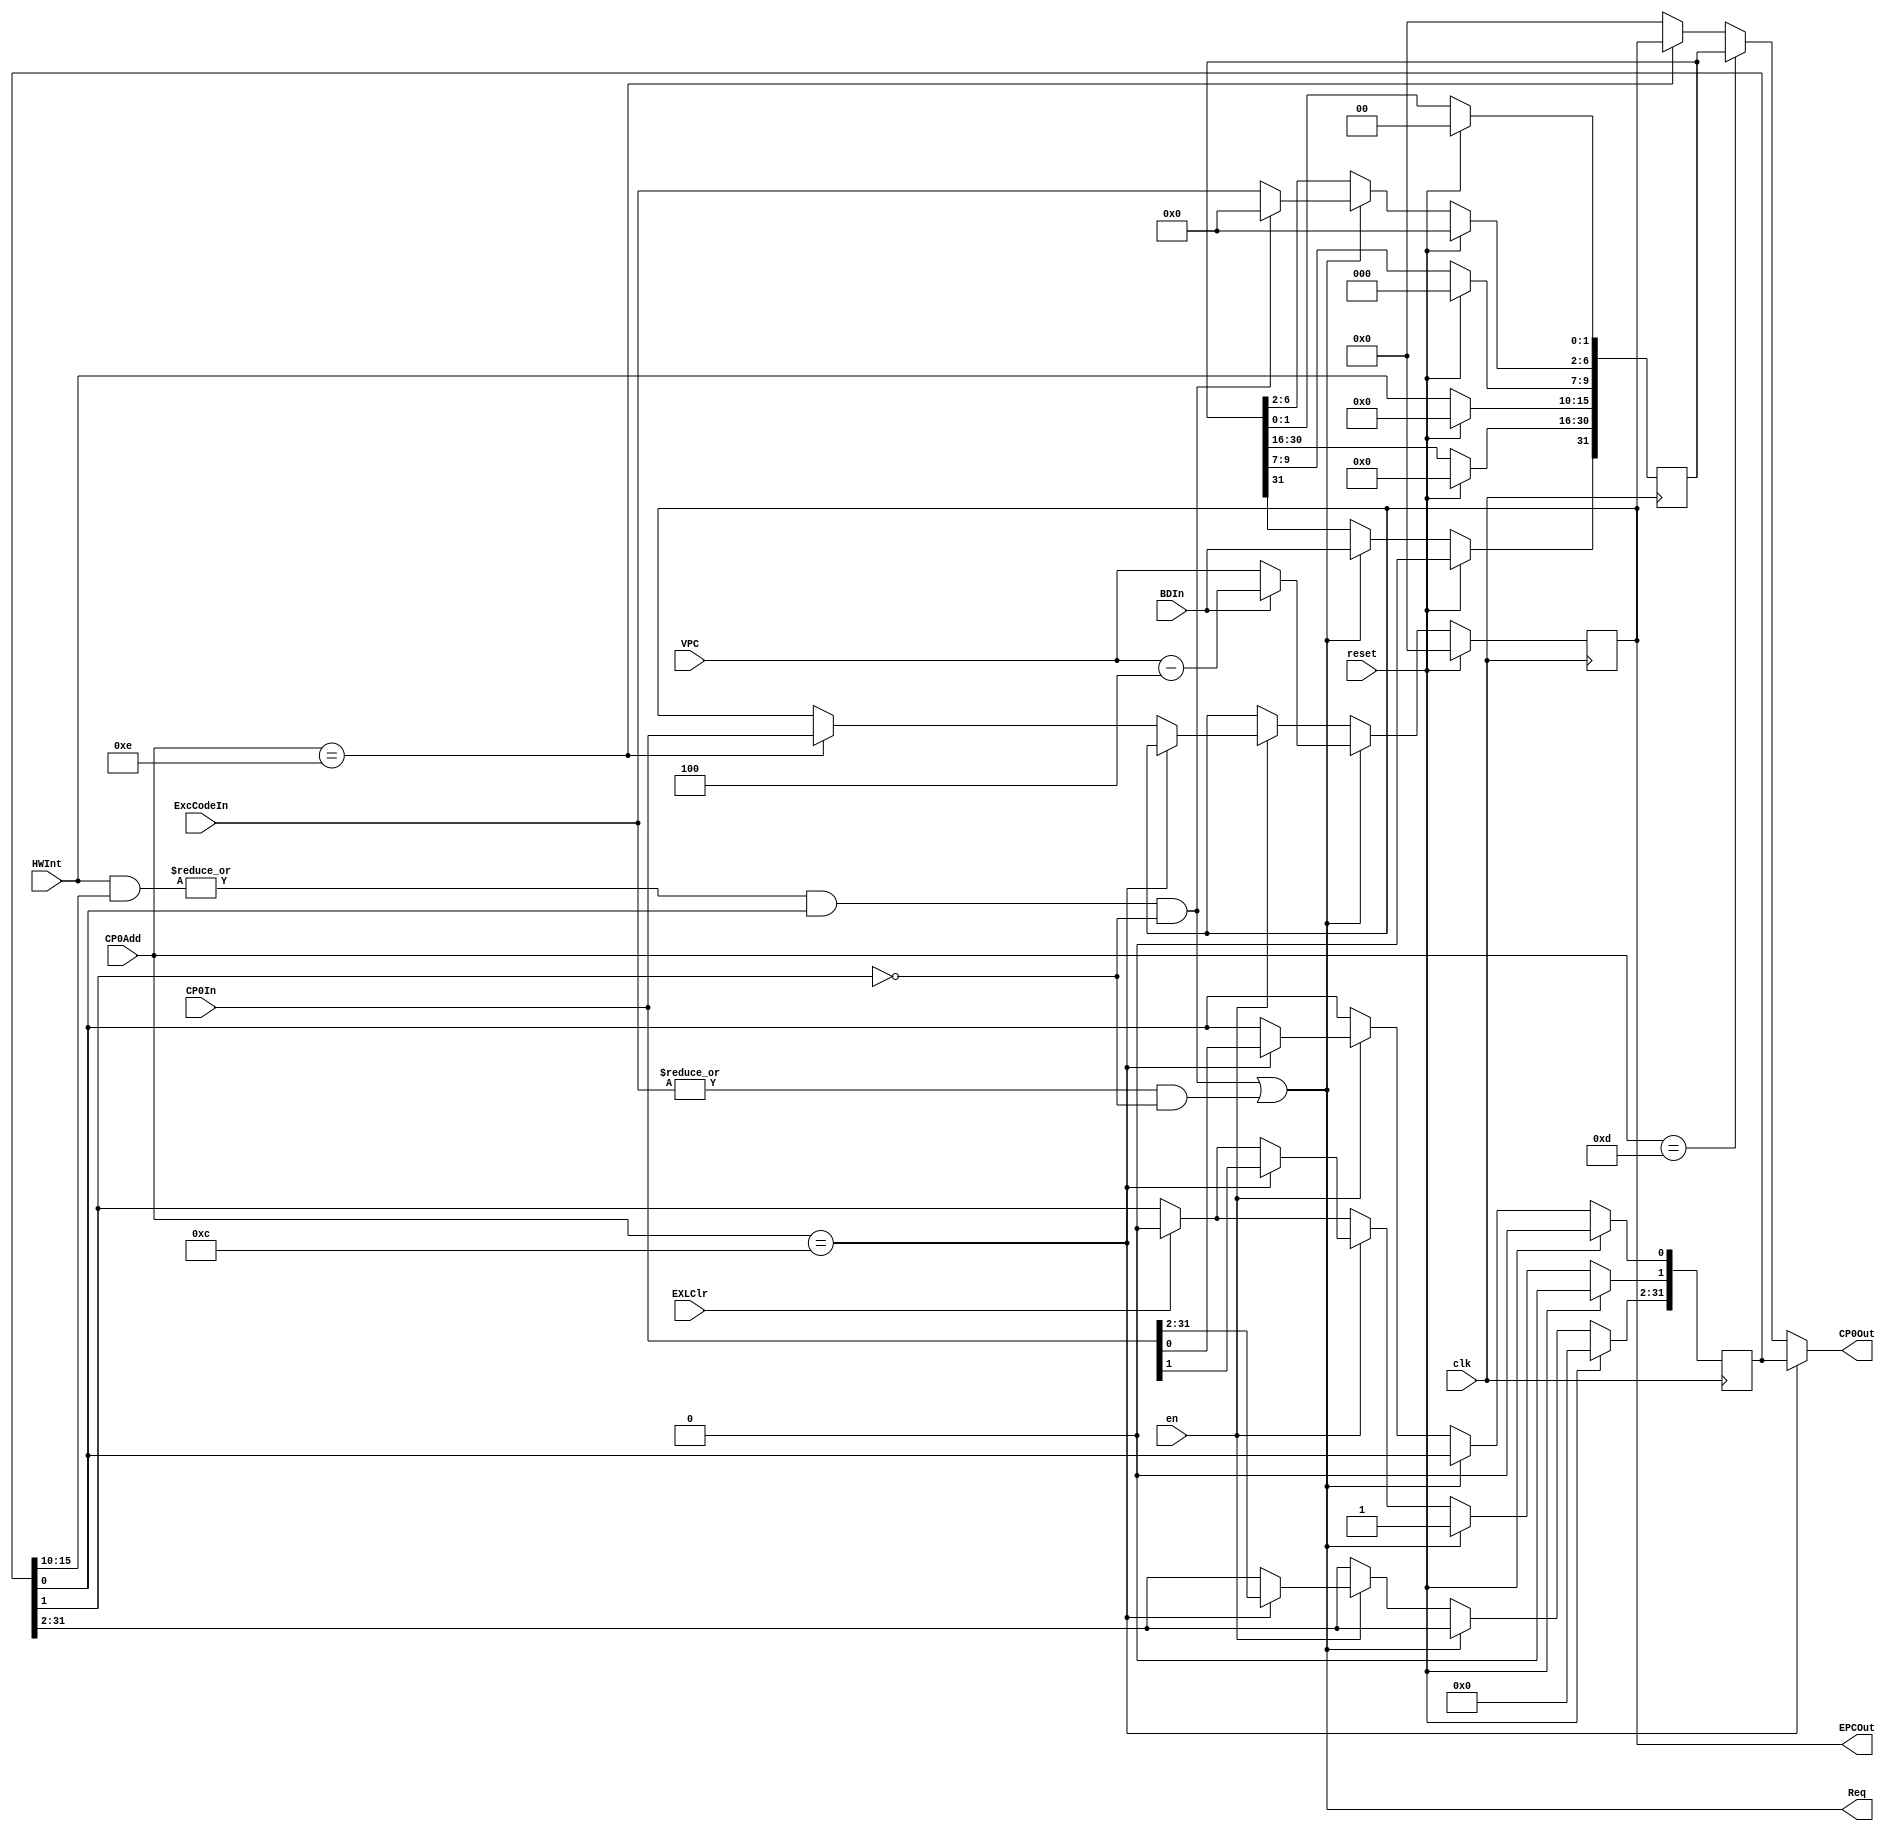
`timescale 1ns / 1ps

`define IM SR[15:10]        //Interrupt Mask 6 6 1 0
`define EXL SR[1]           //Exception Level  1-  0-
`define IE SR[0]            //Interrupt Enable 
`define BD Cause[31]        //Branch Delay
`define IP Cause[15:10]     //Interrupt Pending 6 
`define ExcCode Cause[6:2]  // 

module M_CP0(
    input clk,              //
    input reset,            //
    input en,               //
    input [4:0] CP0Add,     //
    input [31:0] CP0In,     //CP0 
    input [31:0] VPC,       // PC
    input BDIn,             //
    input [4:0] ExcCodeIn,  //
    input [5:0] HWInt,      //
    input EXLClr,           // EXL
    output [31:0] CP0Out,   //CP0 
    output [31:0] EPCOut,   //EPC 
    output Req             //
);

    reg [31:0] SR;      //
    reg [31:0] Cause;   //
    reg [31:0] EPC;     //  PC

    //
    wire IntReq = (|(HWInt & `IM)) & `IE & !`EXL;
    //
    wire ExcReq = (|ExcCodeIn) & !`EXL;
    //
    assign Req = IntReq | ExcReq;

    // assign EPCOut = (Req & BDIn)? VPC-32'h4:
    //                 (Req & !BDIn)? VPC:
    //                 EPC;
    assign EPCOut = EPC;

    // assign EPCOut = EPC;
    assign CP0Out = (CP0Add==5'd12)? SR:
                    (CP0Add==5'd13)? Cause:
                    (CP0Add==5'd14)? EPC:
                    0;

    always @(posedge clk) begin
        if(reset) begin
            SR <= 0;
            Cause <= 0;
            EPC <= 0;
        end
        else begin
            if(EXLClr) begin
                `EXL <= 1'b0;
            end
            if(Req) begin
                `BD <= BDIn;    //BD
                `ExcCode <= IntReq? 5'b0: ExcCodeIn; //ExcCode
                // EPC <= EPCOut;  //PC
                EPC <= BDIn? (VPC-32'd4): VPC;  //PC
                `EXL <= 1'b1;   //
            end
            else if(en) begin
                if(CP0Add==12) SR <= CP0In;
                else if(CP0Add==14) EPC <= CP0In;
            end
            `IP <= HWInt; //6
        end
    end

endmodule